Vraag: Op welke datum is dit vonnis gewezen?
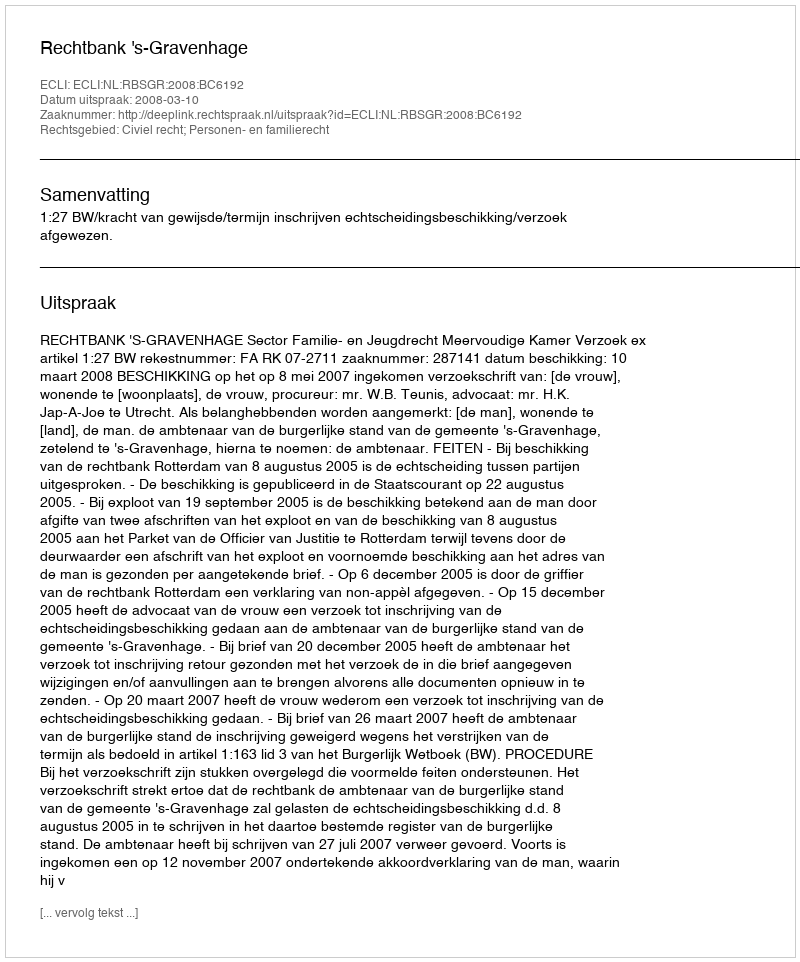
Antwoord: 2008-03-10